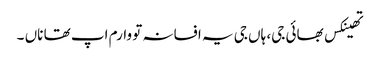
تھینکس بھائی جی، ہاں جی یہ افسانہ تو وارم اپ تھا ناں ۔